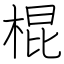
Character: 棍